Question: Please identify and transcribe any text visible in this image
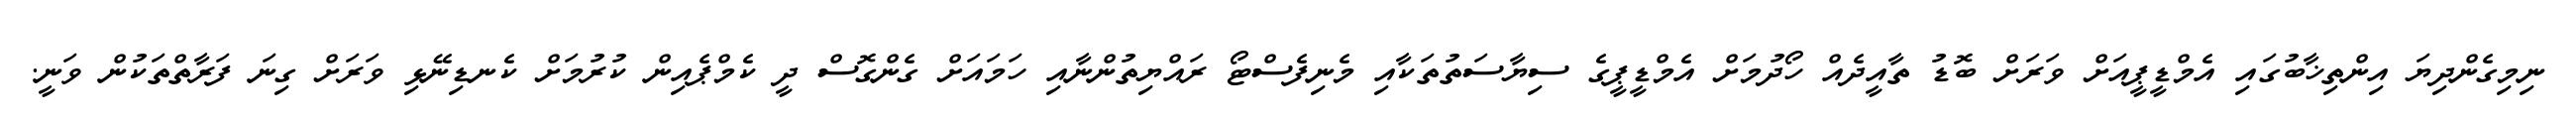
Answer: ނިމިގެންދިޔަ އިންތިޚާބުގައި އެމްޑީޕީއަށް ވަރަށް ބޮޑު ތާއީދެއް ހޯދުމަށް އެމްޑީޕީގެ ސިޔާސަތުތަކާއި މެނިފެސްޓޯ ރައްޔިތުންނާއި ހަމައަށް ގެންގޮސް ދީ ކެމްޕެއިން ކުރުމަށް ކެނޑިނޭޅި ވަރަށް ގިނަ ފަރާތްތަކުން ވަނީ.